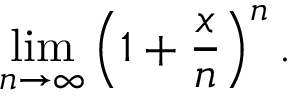
\operatorname* { l i m } _ { n \to \infty } \left( 1 + { \frac { x } { n } } \right) ^ { n } .